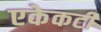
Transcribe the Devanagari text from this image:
एकेकटीं